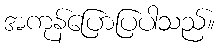
အကုန်ပြောပြပါသည်။